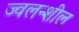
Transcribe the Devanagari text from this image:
ज्वलन्शील